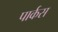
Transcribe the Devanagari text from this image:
पार्कस